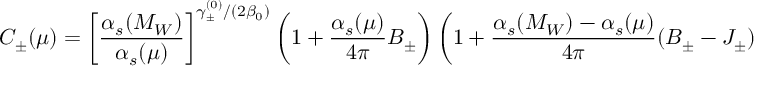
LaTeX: C _ { \pm } ( \mu ) = \left[ \frac { \alpha _ { s } ( M _ { W } ) } { \alpha _ { s } ( \mu ) } \right] ^ { \gamma _ { \pm } ^ { ( 0 ) } / ( 2 \beta _ { 0 } ) } \left( 1 + \frac { \alpha _ { s } ( \mu ) } { 4 \pi } B _ { \pm } \right) \left( 1 + \frac { \alpha _ { s } ( M _ { W } ) - \alpha _ { s } ( \mu ) } { 4 \pi } ( B _ { \pm } - J _ { \pm } ) \right)